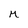
Character: M